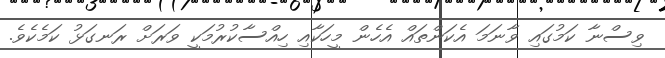
ވިސްނާ ކަމުގައި ވާނަމަ އެކަންތައް އެހެން މީހަކާއި ހިއްސާކުރުމަކީ ވަރަށް ރަނގަޅު ކަމެކެވެ.